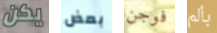
يكن بعض فوجن بألم